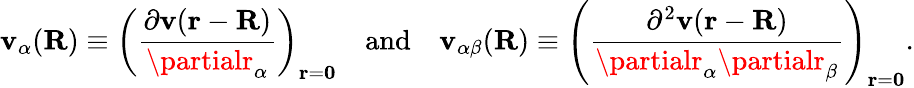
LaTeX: \mathbf{v}_{\alpha}(\mathbf{{R}})\equiv\left({\frac{{\partial\mathbf{v}(\mathbf{{r}}-\mathbf{{R}})}}{{\partialr_{\alpha}}}}\right)_{\mathbf{{r}}=\mathbf{{0}}}\quad{\mathrm{{and}}}\quad\mathbf{v}_{\alpha\beta}(\mathbf{{R}})\equiv\left({\frac{{\partial^{2}\mathbf{v}(\mathbf{{r}}-\mathbf{{R}})}}{{\partialr_{\alpha}\partialr_{\beta}}}}\right)_{\mathbf{{r}}=\mathbf{{0}}}.